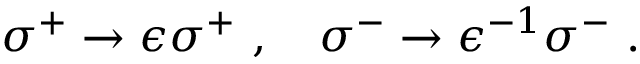
\sigma ^ { + } \to \epsilon \sigma ^ { + } \ , \quad \sigma ^ { - } \to \epsilon ^ { - 1 } \sigma ^ { - } \ .